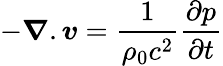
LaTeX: -\boldsymbol{\nabla}.\boldsymbol{v}=\frac{1}{\rho_{0}c^{2}}\frac{\partial p}{\partial t}